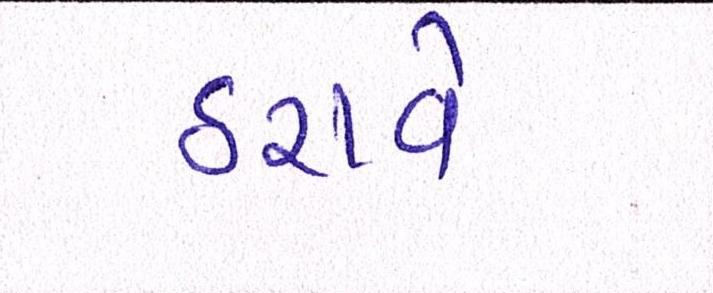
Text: ઠરાવે